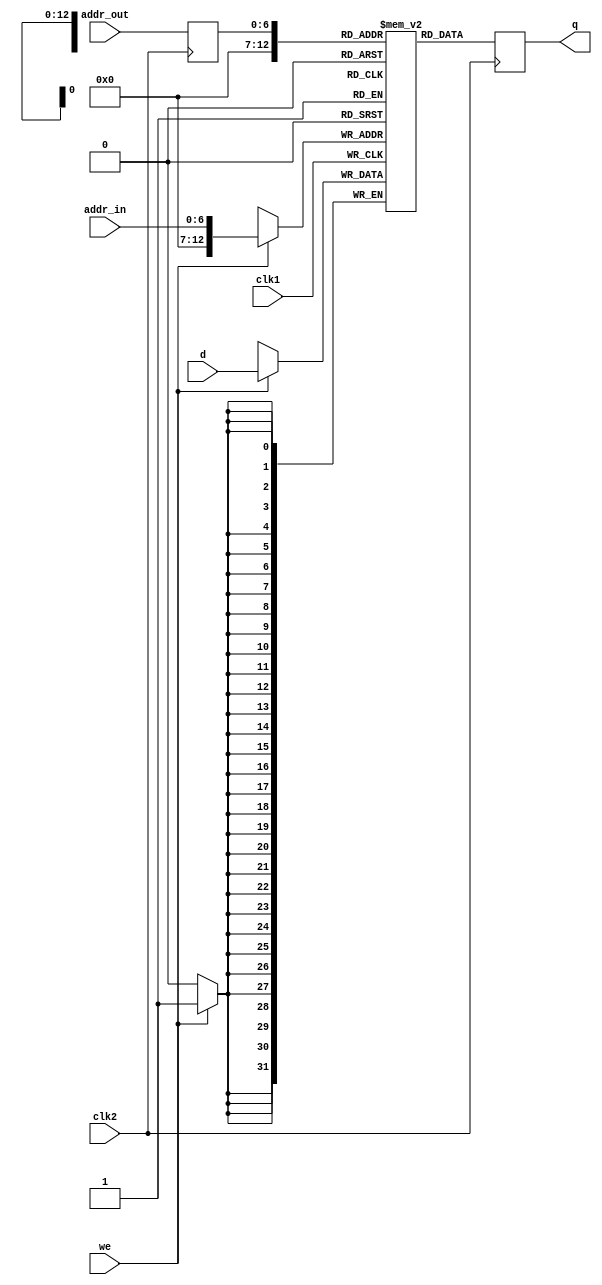
module ram_dual(q, addr_in, addr_out, d, we, clk1, clk2);
   output[31:0] q;
   input [31:0] d;
   input [6:0] addr_in;
   input [6:0] addr_out;
   input we, clk1, clk2;
 
   reg [6:0] addr_out_reg;
   reg [31:0] q;
   reg [31:0] mem [5625:0];
 
   always @(posedge clk1) begin
      if (we)
         mem[addr_in] <= d;
   end
 
   always @(posedge clk2) begin
      q <= mem[addr_out_reg];
      addr_out_reg <= addr_out;
   end
        
endmodule